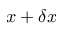
x + \delta x